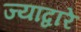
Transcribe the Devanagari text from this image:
ज्यांद्वारे